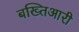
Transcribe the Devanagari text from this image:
बख्तिआरी